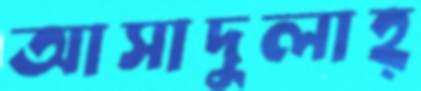
আসাদুলাহ্